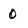
Character: 0